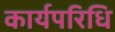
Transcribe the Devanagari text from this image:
कार्यपरिधि